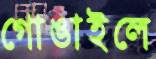
গোঙাইলে